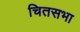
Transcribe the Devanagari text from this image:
चितसभा